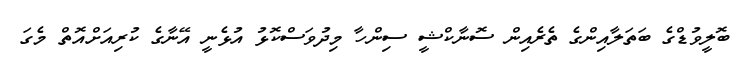
ބޮލީވުޑްގެ ބަތަލާއިންގެ ތެރެއިން ސޮނާކްޝީ ސިންހާ މިދުވަސްކޮޅު އުޅެނީ އޭނާގެ ކުރިއަށްއޮތް މެގަ